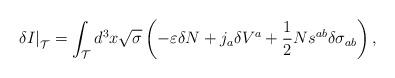
LaTeX: \begin{align*}\left. \delta I\right| _{{\cal T}}=\int_{{\cal T}}d^{3}x\sqrt{\sigma }\left(-\varepsilon \delta N+j_{a}\delta V^{a}+\frac{1}{2}Ns^{ab}\delta \sigma_{ab}\right) , \end{align*}